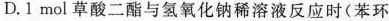
D.1mol草酸二酯与氢氧化钠稀溶液反应时(苯环